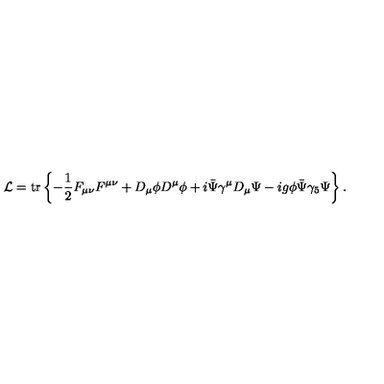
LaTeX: { \cal L } = \mathrm { t r } \left\{ - \frac { 1 } { 2 } F _ { \mu \nu } F ^ { \mu \nu } + D _ { \mu } \phi D ^ { \mu } \phi + i \bar { \Psi } \gamma ^ { \mu } D _ { \mu } \Psi - i g \phi \bar { \Psi } \gamma _ { 5 } \Psi \right\} .